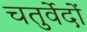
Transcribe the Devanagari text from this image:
चतुर्वेदों